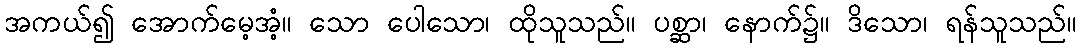
အကယ်၍ အောက်မေ့အံ့။ သော ပေါသော၊ ထိုသူသည်။ ပစ္ဆာ၊ နောက်၌။ ဒိသော၊ ရန်သူသည်။